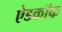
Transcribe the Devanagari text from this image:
ऐडकॉक